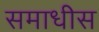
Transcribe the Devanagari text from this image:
समाधीस